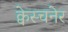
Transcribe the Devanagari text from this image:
क्वेस्चनेर